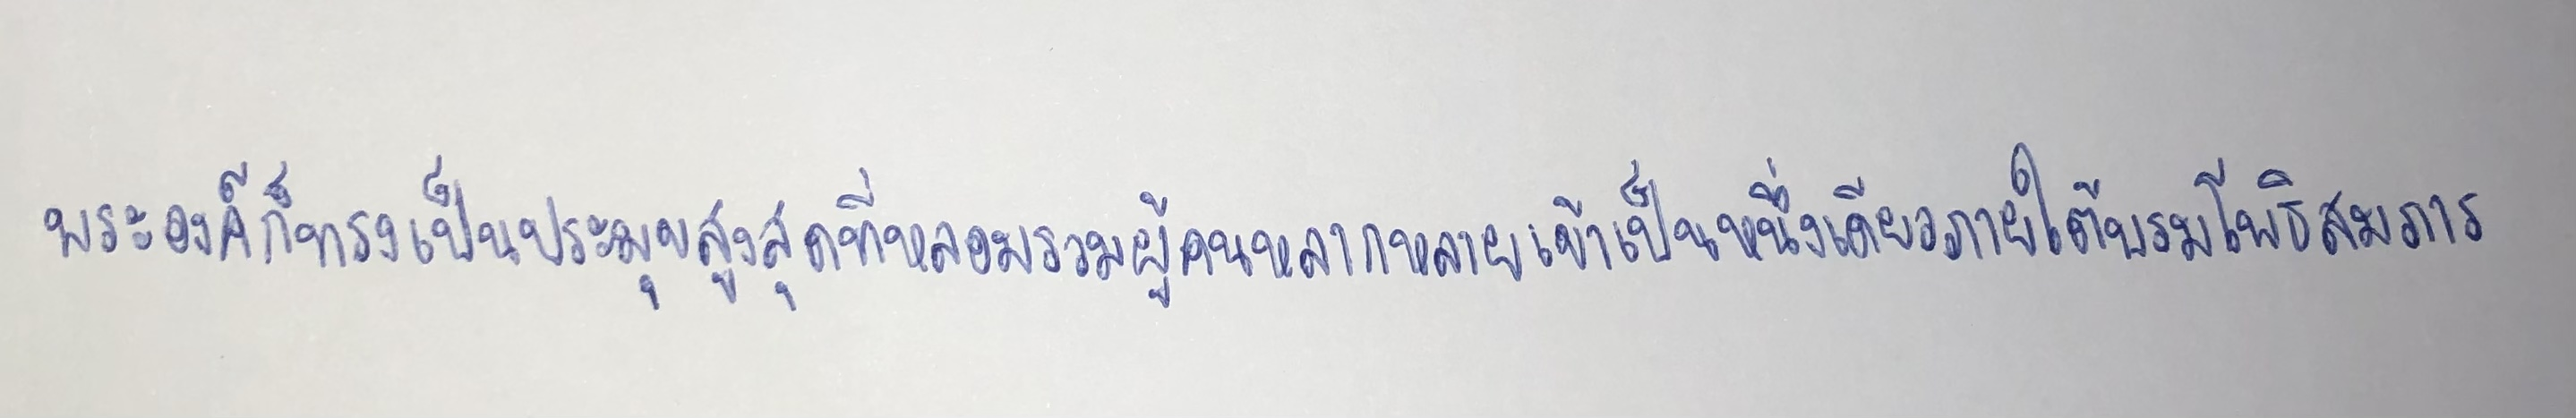
พระองค์ก็ทรงเป็นประมุขสูงสุดที่หลอมรวมผู้คนหลากหลายเข้าเป็นหนึ่งเดียวภายใต้บรมโพธิสมภาร